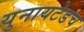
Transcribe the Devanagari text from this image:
युनायटेडच